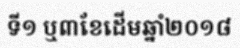
ទី១ ឬ៣ខែដើមឆ្នាំ២០១៨